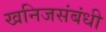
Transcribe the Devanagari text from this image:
खनिजसंबंधी